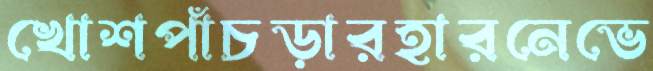
খোশপাঁচড়ারহারনেভে